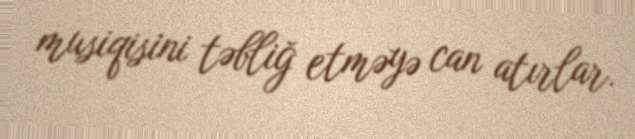
musiqisini təbliğ etməyə can atırlar.